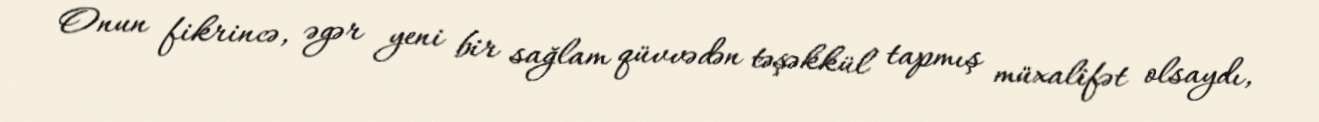
Onun fikrincə, əgər yeni bir sağlam qüvvədən təşəkkül tapmış müxalifət olsaydı,